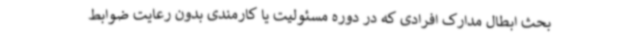
بحث ابطال مدارک افرادی که در دوره مسئولیت یا کارمندی بدون رعایت ضوابط